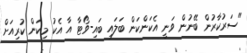
"ސަރުކާރުން ބޭނުން ވަނީ އެކަންކަން ބަލައި ބައި-ވޯޓާ އާ އެކު މިކަން ކުރިއަށް